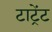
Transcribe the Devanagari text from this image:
टाट्रेंट